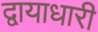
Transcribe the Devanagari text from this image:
द्वायाधारी